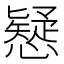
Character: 𢣕